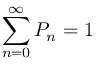
\sum _ { n = 0 } ^ { \infty } { P _ { n } } = 1